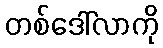
တစ်ဒေါ်လာကို